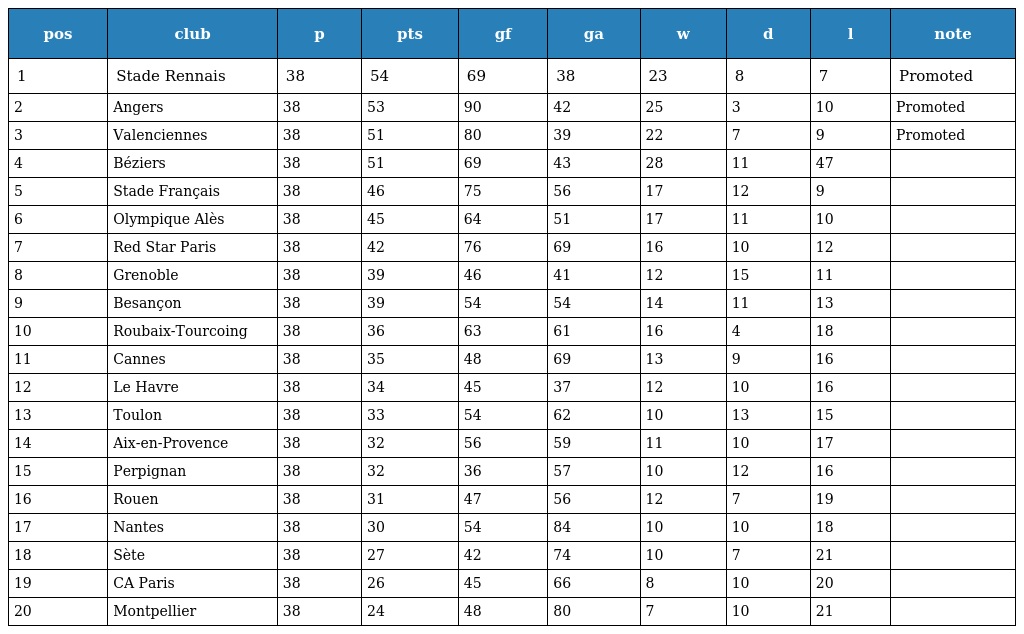
| pos | club | p | pts | gf | ga | w | d | l | note |
 | --- | --- | --- | --- | --- | --- | --- | --- | --- | --- |
 | 1 | Stade Rennais | 38 | 54 | 69 | 38 | 23 | 8 | 7 | Promoted |
 | 2 | Angers | 38 | 53 | 90 | 42 | 25 | 3 | 10 | Promoted |
 | 3 | Valenciennes | 38 | 51 | 80 | 39 | 22 | 7 | 9 | Promoted |
 | 4 | Béziers | 38 | 51 | 69 | 43 | 28 | 11 | 47 |  |
 | 5 | Stade Français | 38 | 46 | 75 | 56 | 17 | 12 | 9 |  |
 | 6 | Olympique Alès | 38 | 45 | 64 | 51 | 17 | 11 | 10 |  |
 | 7 | Red Star Paris | 38 | 42 | 76 | 69 | 16 | 10 | 12 |  |
 | 8 | Grenoble | 38 | 39 | 46 | 41 | 12 | 15 | 11 |  |
 | 9 | Besançon | 38 | 39 | 54 | 54 | 14 | 11 | 13 |  |
 | 10 | Roubaix-Tourcoing | 38 | 36 | 63 | 61 | 16 | 4 | 18 |  |
 | 11 | Cannes | 38 | 35 | 48 | 69 | 13 | 9 | 16 |  |
 | 12 | Le Havre | 38 | 34 | 45 | 37 | 12 | 10 | 16 |  |
 | 13 | Toulon | 38 | 33 | 54 | 62 | 10 | 13 | 15 |  |
 | 14 | Aix-en-Provence | 38 | 32 | 56 | 59 | 11 | 10 | 17 |  |
 | 15 | Perpignan | 38 | 32 | 36 | 57 | 10 | 12 | 16 |  |
 | 16 | Rouen | 38 | 31 | 47 | 56 | 12 | 7 | 19 |  |
 | 17 | Nantes | 38 | 30 | 54 | 84 | 10 | 10 | 18 |  |
 | 18 | Sète | 38 | 27 | 42 | 74 | 10 | 7 | 21 |  |
 | 19 | CA Paris | 38 | 26 | 45 | 66 | 8 | 10 | 20 |  |
 | 20 | Montpellier | 38 | 24 | 48 | 80 | 7 | 10 | 21 |  |